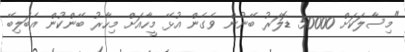
"މިސާލަކަށް 50000 ޑޮލަރު ބޭނުން ވެގެން އުޅޭ މީހާއަށް މިހާރު ބޭންކުން އެބަލިބޭ